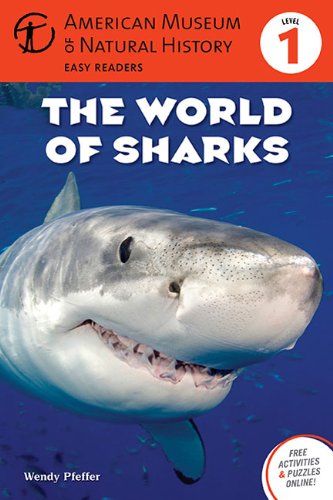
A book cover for The World of Sharks: (Level 1) (Amer Museum of Nat History Easy Readers); Wendy Pfeffer; Children's Books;